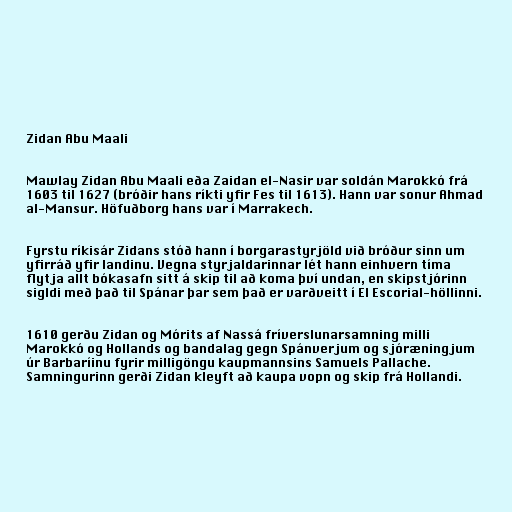
Zidan Abu Maali

Mawlay Zidan Abu Maali eða Zaidan el-Nasir var soldán Marokkó frá
1603 til 1627 (bróðir hans ríkti yfir Fes til 1613). Hann var sonur Ahmad
al-Mansur. Höfuðborg hans var í Marrakech.

Fyrstu ríkisár Zidans stóð hann í borgarastyrjöld við bróður sinn um
yfirráð yfir landinu. Vegna styrjaldarinnar lét hann einhvern tíma
flytja allt bókasafn sitt á skip til að koma því undan, en skipstjórinn
sigldi með það til Spánar þar sem það er varðveitt í El Escorial-höllinni.

1610 gerðu Zidan og Mórits af Nassá fríverslunarsamning milli
Marokkó og Hollands og bandalag gegn Spánverjum og sjóræningjum
úr Barbaríinu fyrir milligöngu kaupmannsins Samuels Pallache.
Samningurinn gerði Zidan kleyft að kaupa vopn og skip frá Hollandi.